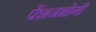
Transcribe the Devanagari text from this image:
पेंशनभोगी